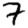
Digit: 7